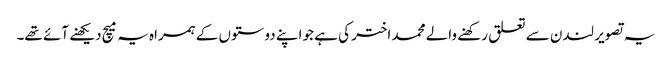
یہ تصویر لندن سے تعلق رکھنے والے محمد اختر کی ہے جو اپنے دوستوں کے ہمراہ یہ میچ دیکھنے آئے تھے۔